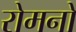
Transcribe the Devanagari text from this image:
रोमनो